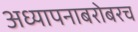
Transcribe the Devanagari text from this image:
अध्यापनाबरोबरच